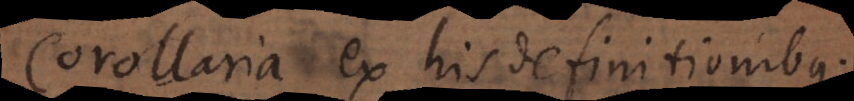
Corollaria ex his definitionibus: